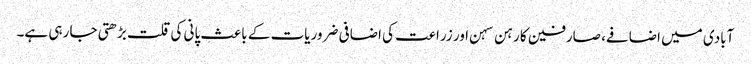
آبادی میں اضافے، صارفین کا رہن سہن اور زراعت کی اضافی ضروریات کے باعث پانی کی قلت بڑھتی جا رہی ہے۔